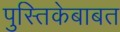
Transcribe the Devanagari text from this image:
पुस्तिकेबाबत